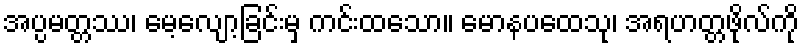
အပ္ပမတ္တဿ၊ မေ့လျော့ခြင်းမှ ကင်းထသော။ မောနပထေသု၊ အရဟတ္တဖိုလ်ကို